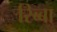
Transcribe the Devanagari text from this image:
रिब्बा